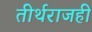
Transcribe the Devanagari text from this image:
तीर्थराजही